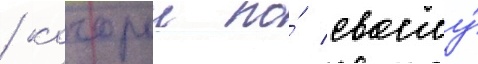
/ которыи по́ своему́